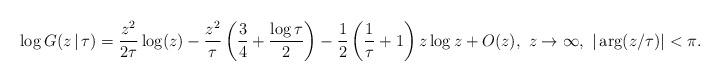
LaTeX: \begin{align*}\log G(z\,|\,\tau) = \frac{z^2}{2\tau}\log(z) - \frac{z^2}{\tau}\left(\frac{3}{4}+\frac{\log\tau}{2}\right) -\frac{1}{2}\left(\frac{1}{\tau}+1\right)z\log z + O(z),\,\,z\rightarrow\infty, \,\,|\arg(z/\tau)|<\pi. \end{align*}